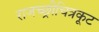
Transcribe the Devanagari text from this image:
राजच्छ्रीचित्रकूट